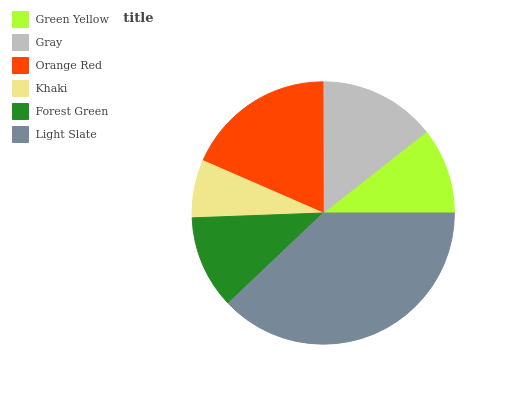
| Green Yellow | Gray | Orange Red | Khaki | Forest Green | Light Slate |
 | --- | --- | --- | --- | --- | --- |
 | 10.6% | 14.4% | 18.5% | 7.13% | 11.5% | 37.9% |